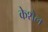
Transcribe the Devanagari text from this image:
केशेल